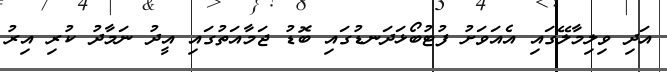
އަދި ވިލިމާލޭގައި އެއަވަށު ފުޓުބޯޅަދަނޑުގައި ބޮޑު ޖަމާއަތުގައި އީދު ނަމާދު ކުރި އިރު